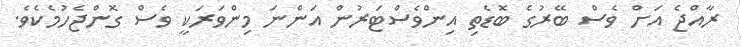
ރާއްޖެ އަށް ވެސް ބޭރުގެ ބޮޑެތި އިންވެސްޓަރުން އަންނަ މިންވަރަކީ ވެސް ގޮންޖެހުމެކެވެ.